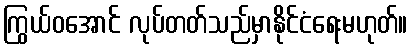
ကြွယ်ဝအောင် လုပ်တတ်သည်မှာနိုင်ငံရေးမဟုတ်။